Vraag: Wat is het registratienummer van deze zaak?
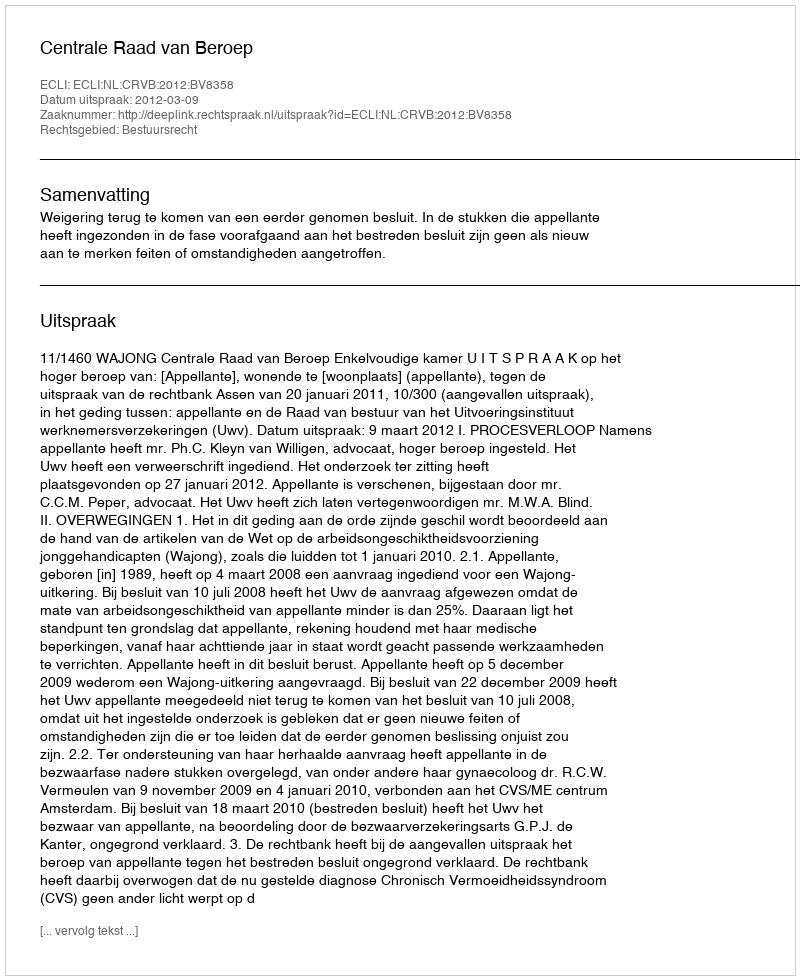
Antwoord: http://deeplink.rechtspraak.nl/uitspraak?id=ECLI:NL:CRVB:2012:BV8358